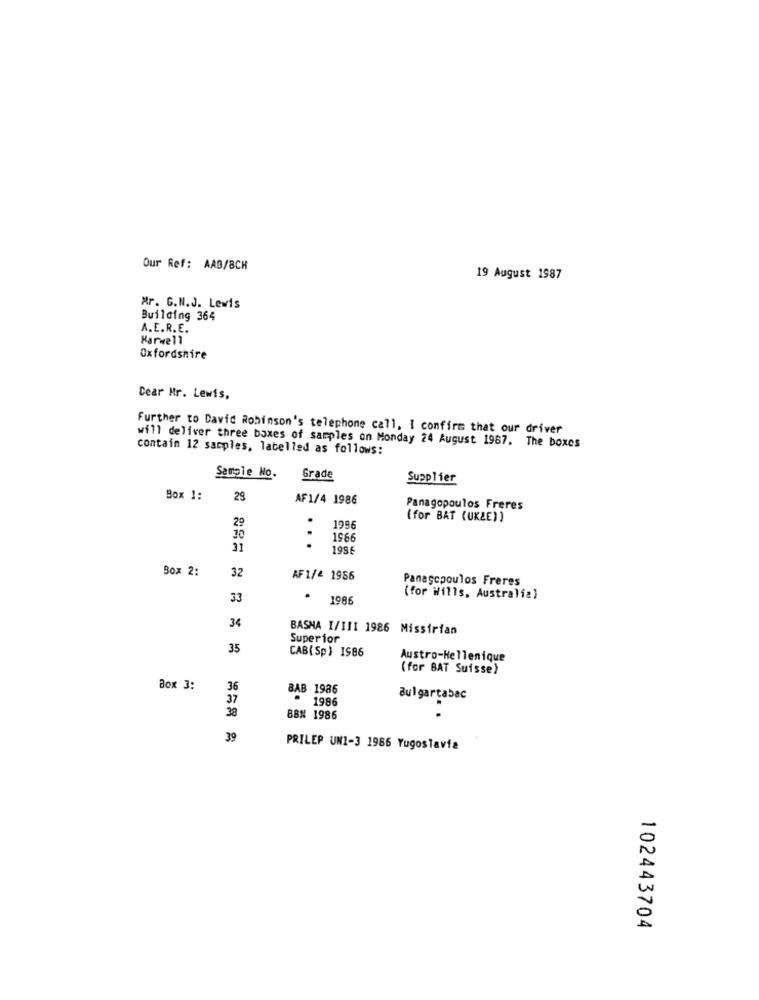
Our Ref: AAB/8CH
19 August 1987
Mr. G.N.J. Lewis
Building 364
A.E.R.E.
Harwell
Oxfordshire
Dear Mr. Lewis,
Further to David Robinson's telephone call, I confirm that our driver
contain 12 sacples, labelled as follows:
will deliver three boxes of samples on Monday 24 August 1987. The boxes
Sample No.
Grade
Supplier
Box 1:
29
AF1/4 1986
Panagopoulos Freres
(for BAT (UKZE) )
29
1996
30
1966
31
...
1956
Box 2:
32
AF 1/4 1986
Panagopoulos Freres
33
1986
(for Wills, Australia)
34
BASHA I/III 1986 Missirian
Superior
35
CAB(Sp) IS86
Austro-Hellenique
(for BAT Suisse)
Box 3:
36
BAB 1986
37
Bulgartabac
38
- 1986
BBN 1986
39
PRILEP UN1-3 1986 Yugoslavia
102443704